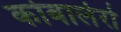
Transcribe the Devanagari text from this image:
कोबालेरो